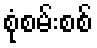
စုံစမ်းစစ်